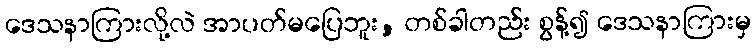
ဒေသနာကြားလို့လဲ အာပတ်မပြေဘူး, တစ်ခါတည်း စွန့်၍ ဒေသနာကြားမှ